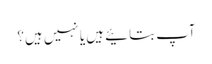
آپ بتائیے ہیں یا نہیں ہیں؟